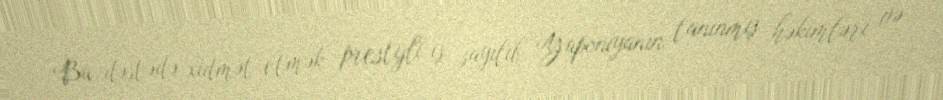
Bu dəstədə xidmət etmək prestijli iş sayılıb, Yaponiyanın tanınmış həkimləri və